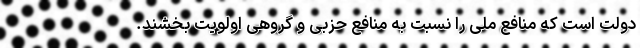
دولت است که منافع ملی را نسبت به منافع حزبی و گروهی اولویت بخشند.